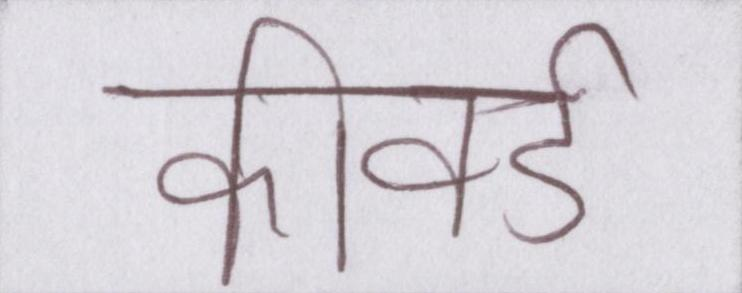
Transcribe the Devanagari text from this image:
कीवर्ड